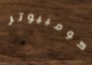
كومبيوتر